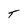
Character: T